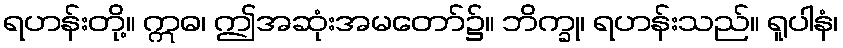
ရဟန်းတို့။ ဣဓ၊ ဤအဆုံးအမတော်၌။ ဘိက္ခု၊ ရဟန်းသည်။ ရူပါနံ၊